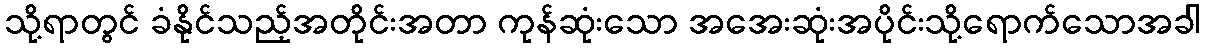
သို့ရာတွင် ခံနိုင်သည့်အတိုင်းအတာ ကုန်ဆုံးသော အအေးဆုံးအပိုင်းသို့ရောက်သောအခါ